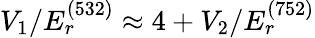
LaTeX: V_{1}/E_{r}^{(532)}\approx 4+V_{2}/E_{r}^{(752)}